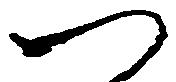
つ